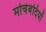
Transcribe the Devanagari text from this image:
मोर्चेबंदियों